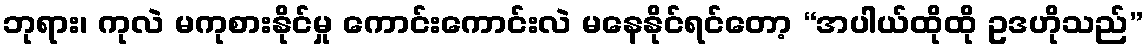
ဘုရား၊ ကုလဲ မကုစားနိုင်မှု ကောင်းကောင်းလဲ မနေနိုင်ရင်တော့ “အပါယ်ထိုထို ဥဒဟိုသည်”